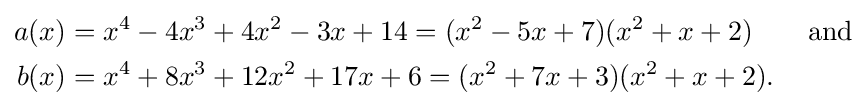
{\begin{aligned}a(x)&=x^{4}-4x^{3}+4x^{2}-3x+14=(x^{2}-5x+7)(x^{2}+x+2)\qquad {\text{and}}\\b(x)&=x^{4}+8x^{3}+12x^{2}+17x+6=(x^{2}+7x+3)(x^{2}+x+2).\end{aligned}}